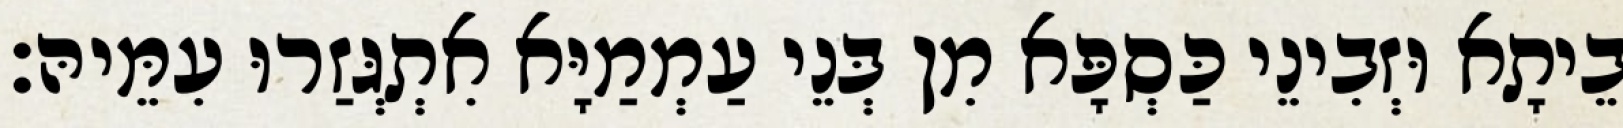
בֵיתָא וּזְבִינֵי כַּסְפָּא מִן בְּנֵי עַמְמַיָּא אִתְגְּזַרוּ עִמֵּיהּ׃